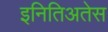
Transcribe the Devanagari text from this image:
इनितिअतेस